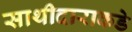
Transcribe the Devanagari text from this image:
साथीदाराकडे